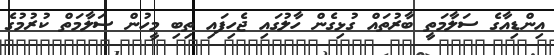
އިންޑިއާގެ ސަލާމަތީ ބާރުތައް ގުޅިގެން ހާލުގައި ޖެހިފައި ތިބި މީހުން ސަލާމަތް ކުރުމުގެ